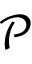
\mathcal { P }